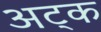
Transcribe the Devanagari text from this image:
अट्क